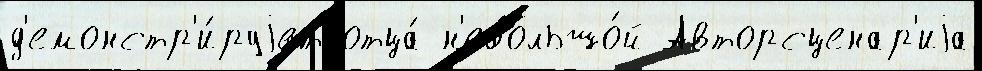
д'емонстр'и́руjет отца́ н'ебольшо́й Авторсценар'иjа